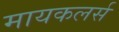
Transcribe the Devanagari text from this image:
मायकलर्स